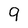
Character: 9